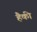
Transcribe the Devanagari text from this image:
हैकी